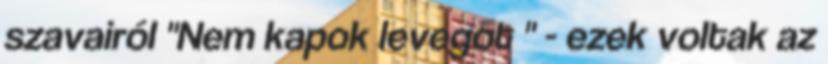
szavairól "Nem kapok levegőt " - ezek voltak az